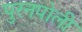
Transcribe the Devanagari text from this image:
पुरनपोली